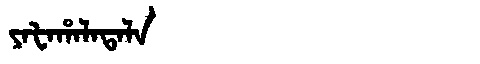
Manchu: ᠶᠠᡶᠠᡥᠠᠯᠠᡨᠠᠯᠠ
Romanization: YAFAHALATALA